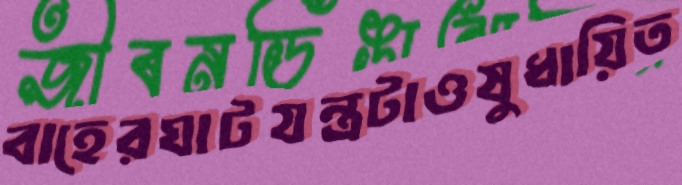
বাহেরঘাটযন্ত্রটাওষুধায়িত